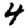
Digit: 4